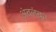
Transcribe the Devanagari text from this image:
अंवलंबून